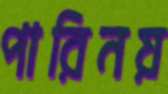
পারিনয়